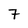
Character: 7